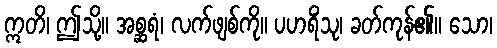
ဣတိ၊ ဤသို့။ အစ္ဆရံ၊ လက်ဖျစ်ကို။ ပဟရိံသု၊ ခတ်ကုန်၏။ သော၊